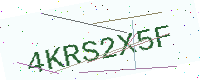
Text: 4KRS2X5F